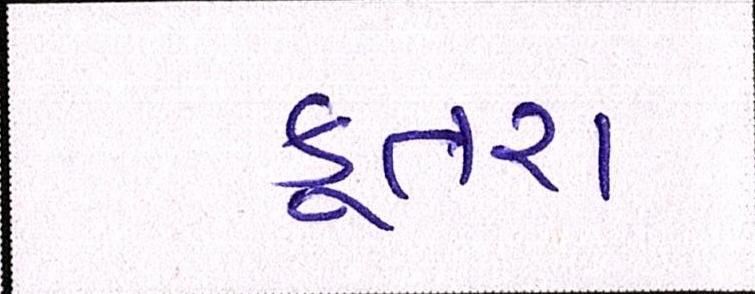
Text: કૂતરા